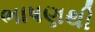
ભાષણથી